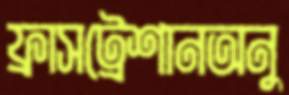
ফ্রাসট্রেশানঅনু